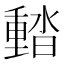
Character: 濌